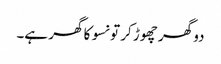
دو گھر چھوڑ کر تو نسو کا گھر ہے۔